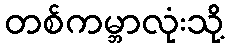
တစ်ကမ္ဘာလုံးသို့